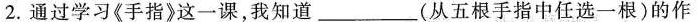
2.通过学习《手指》这一课，我知道___(从五根手指中任选一根)的作